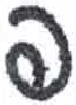
אות: פ